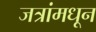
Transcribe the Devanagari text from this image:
जत्रांमधून